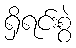
ရှိရင်းစွဲ